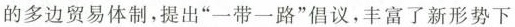
的多边贸易体制，提出”一带一路”倡议，丰富了新形势下